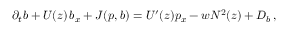
\partial _ { t } b + U ( z ) \, b _ { x } + J ( p , b ) = U ^ { \prime } ( z ) p _ { x } - w N ^ { 2 } ( z ) + { \cal D } _ { b } \, ,